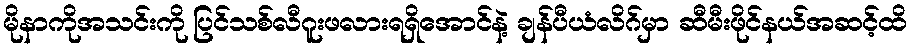
မိုနာကိုအသင်းကို ပြင်သစ်လီဂူးဖလားရရှိအောင်နဲ့ ချန်ပီယံလိဂ်မှာ ဆီမီးဖိုင်နယ်အဆင့်ထိ